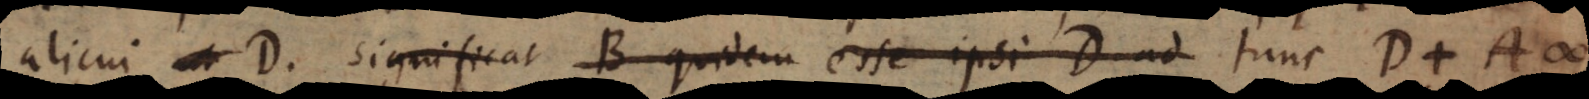
alicui D, significat B quidem esse ipsi D ad tunc D + A